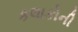
કલાકોની